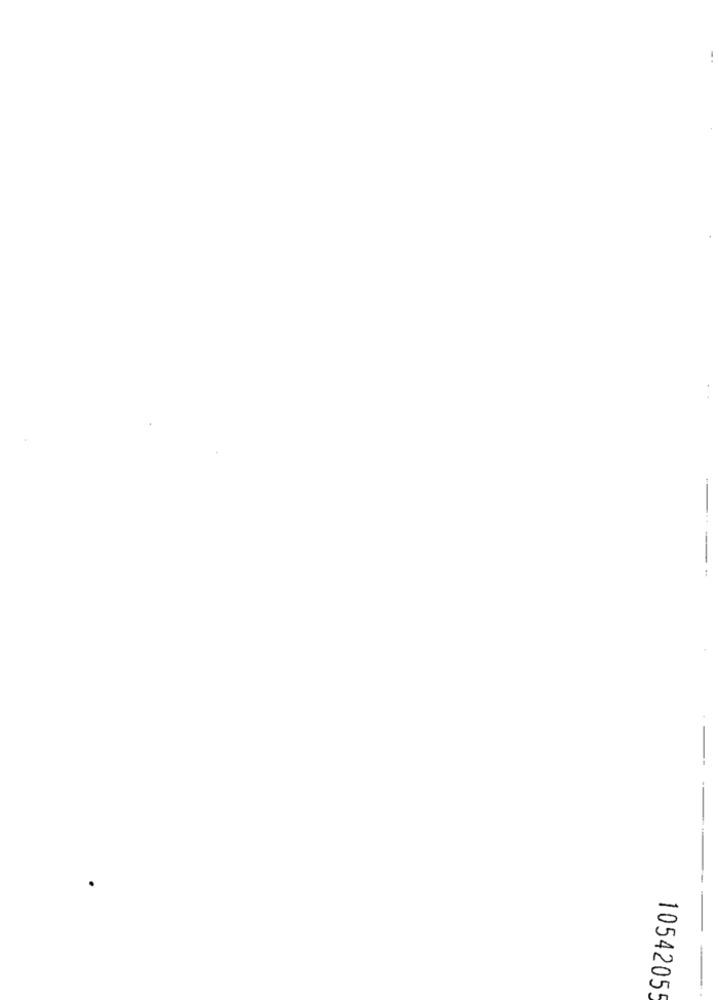
1054205